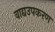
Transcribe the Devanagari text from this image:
वाद्यउपकरण